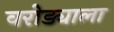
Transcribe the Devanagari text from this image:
वरोड्याला